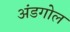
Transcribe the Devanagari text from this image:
अंडगोल